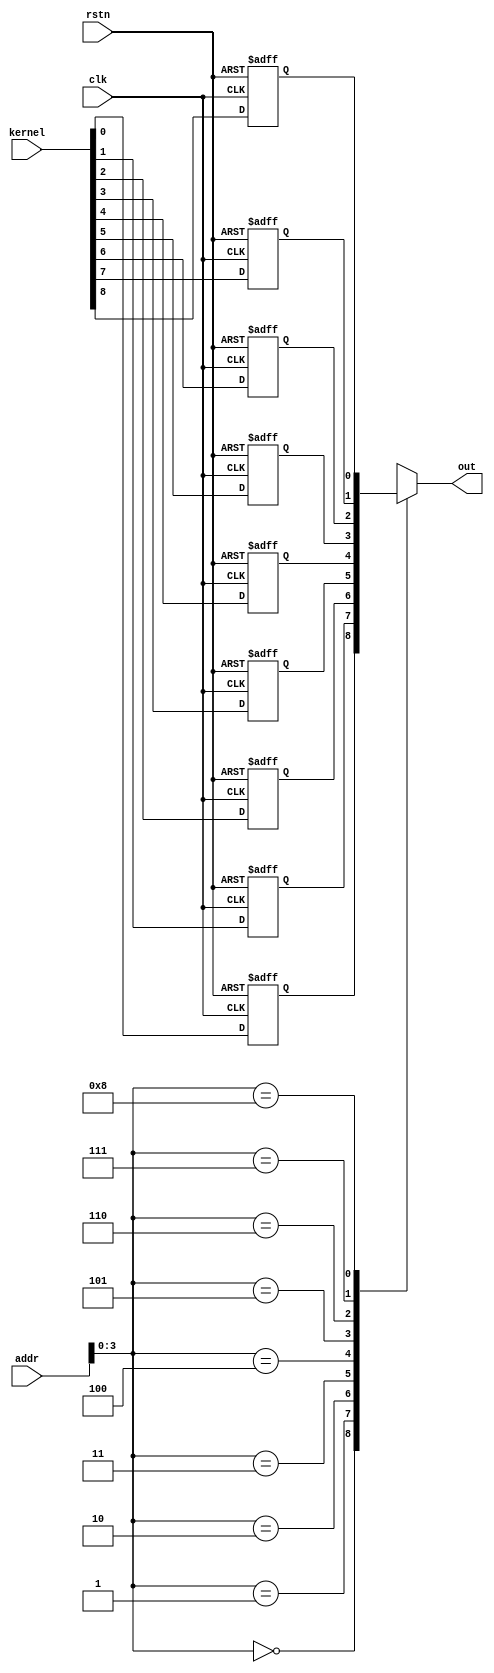
`timescale 1ns / 1ps
//Kernel Address Generator
module KAG #(parameter m=3)(
    input clk,rstn,
    input [6:0]addr, //7 bit address
    input [(m*m)-1:0] kernel, //9 bit kernel value
    output out
    );
    reg k_mem[0:(m*m)-1]; //kernel memory 9 bit
    integer i;
    
    always @(negedge clk or negedge rstn)
     begin
        if(!rstn)
            begin
              for (i=0; i<=m*m-1; i=i+1)begin //at reset set the kernel to 0
                 k_mem[i]= 0;
              end
            end
        else
            begin 
              for (i=0; i<=(m*m)-1; i=i+1)begin
                 k_mem[i]= kernel[i];
              end
            end
     end
     
     assign out = k_mem[addr]; // k_mem[0]........k_mem[6]
endmodule